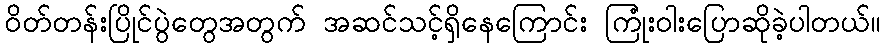
ဝိတ်တန်းပြိုင်ပွဲတွေအတွက် အဆင်သင့်ရှိနေကြောင်း ကြုံးဝါးပြောဆိုခဲ့ပါတယ်။